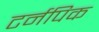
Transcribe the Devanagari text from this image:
टर्नपिक